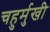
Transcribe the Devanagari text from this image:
चहुर्मुखी